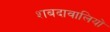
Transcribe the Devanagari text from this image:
शबदावालियों